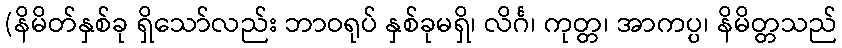
(နိမိတ်နှစ်ခု ရှိသော်လည်း ဘာဝရုပ် နှစ်ခုမရှိ၊ လိင်္ဂ၊ ကုတ္တ၊ အာကပ္ပ၊ နိမိတ္တသည်